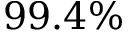
9 9 . 4 \%